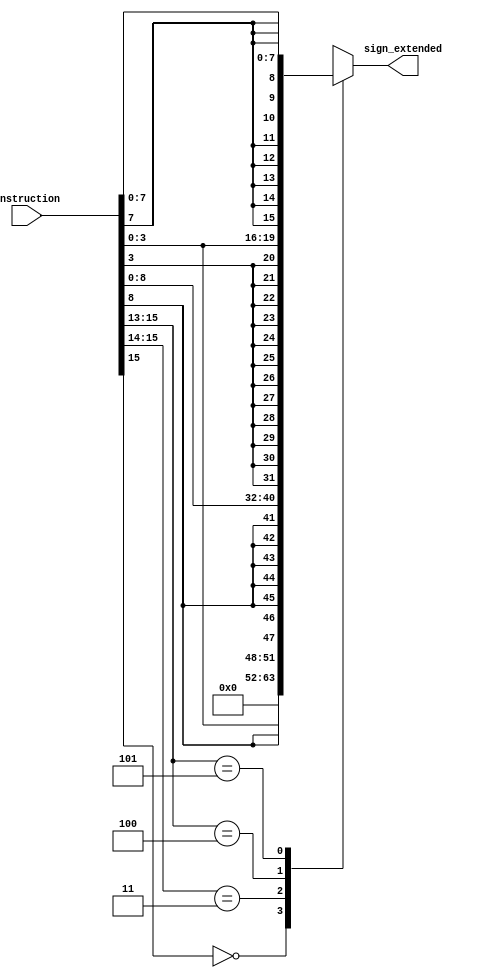
module Sign_extend(instruction, sign_extended);
	input [15:0] instruction;
	output reg [15:0] sign_extended;
	
	// output of sign extended block for each type of instruction
	wire [15:0] computeIns, memoryIns1, memoryIns2, controlIns;
	
	// zero extended for unsigned immediate in compute instruction
	assign computeIns = {{12{1'b0}}, instruction[3:0]};
	
	// sign extended for signed immediate in memory instruction
	assign memoryIns1 = {{12{instruction[3]}}, instruction[3:0]};
	assign memoryIns2 = {{8{instruction[7]}}, instruction[7:0]};
	
	// sign extended for signed immediate in control instruction
	assign controlIns = {{7{instruction[8]}}, instruction[8:0]};
	
	always @(*) begin
		casex(instruction[15:12])
			4'b0xxx: sign_extended = computeIns;
			4'b11xx: sign_extended = controlIns;
			4'b100x: sign_extended = memoryIns1;
			4'b101x: sign_extended = memoryIns2;
			default: sign_extended = 16'h0000;
		endcase
	end
endmodule